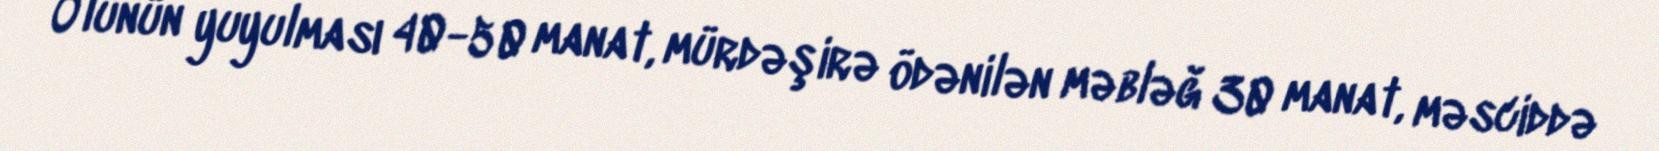
Ölünün yuyulması 40-50 manat, mürdəşirə ödənilən məbləğ 30 manat, məsciddə